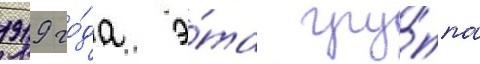
1919 го́да э́та гру́ппа